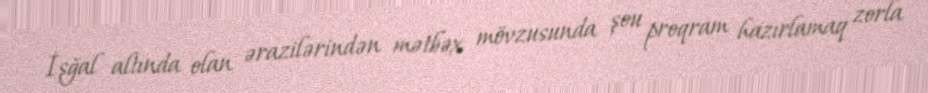
İşğal altında olan ərazilərindən mətbəx mövzusunda şou proqram hazırlamaq zorla